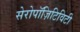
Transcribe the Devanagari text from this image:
सेरोपॉज़िटिविटी